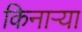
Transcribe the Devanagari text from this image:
किनार्‍या